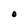
Character: O